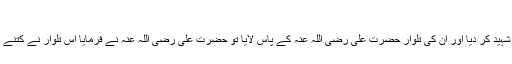
( الریاض النضرۃ )
جنگ جمل میں جب ابن جر موز نے حضرت زبیر رضی اللہ عنہ کو شہید کر دیا اور ان کی تلوار حضرت علی رضی اللہ عنہ کے پاس لایا تو حضرت علی رضی اللہ عنہ نے فرمایا اس تلوار نے کتنے عرصے تک حضور اکرم صلی اللہ علیہ وسلم کے غموں کو دور کیا ۔